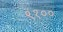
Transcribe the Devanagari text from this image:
९१००